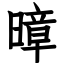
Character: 暲